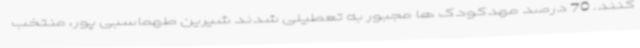
کنند. 70 درصد مهدکودک ها مجبور به تعطیلی شدند شیرین طهماسبی پور، منتخب